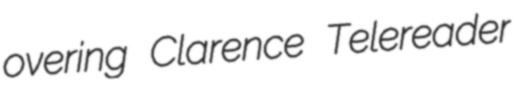
overing Clarence Telereader